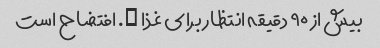
بیش از ٩٠ دقیقه انتظار برای غذا …. افتضاح است